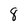
Character: 8